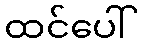
ထင်ပေါ်